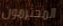
المحترمون